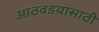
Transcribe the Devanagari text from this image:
आठवडय़ांसाठी